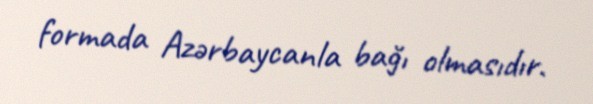
formada Azərbaycanla bağı olmasıdır.